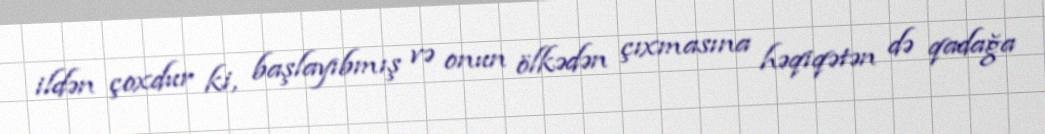
ildən çoxdur ki, başlayıbmış və onun ölkədən çıxmasına həqiqətən də qadağa